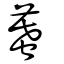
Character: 蟇